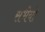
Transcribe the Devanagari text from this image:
सभेयो